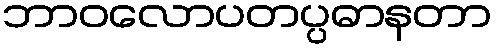
ဘာဝလောပတပ္ပဓာနတာ